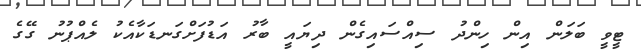
ޓީވީ ބަލަން އިން ހިންދު ސިއްސައިގެން ދިޔައީ ބާރު އަޑުފަށްގަނޑަކާއެކު ލެއްޕުނު ގޭގެ